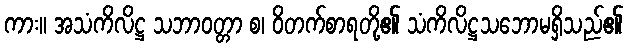
ကား။ အသံကိလိဋ္ဌ သဘာဝတ္တာ စ၊ ဝိတက်စာရတို့၏ သံကိလိဋ္ဌသဘောမရှိသည်၏